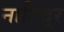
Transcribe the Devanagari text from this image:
नातिदूर